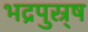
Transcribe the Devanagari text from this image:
भद्रपुस्र्ष